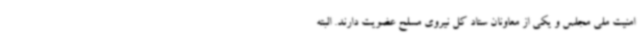
امنیت ملی مجلس و یکی از معاونان ستاد کل نیروی مسلح عضویت دارند. البته